Scientific memoirs by medical officers of the Army of India - Part IV,
Year: 1889
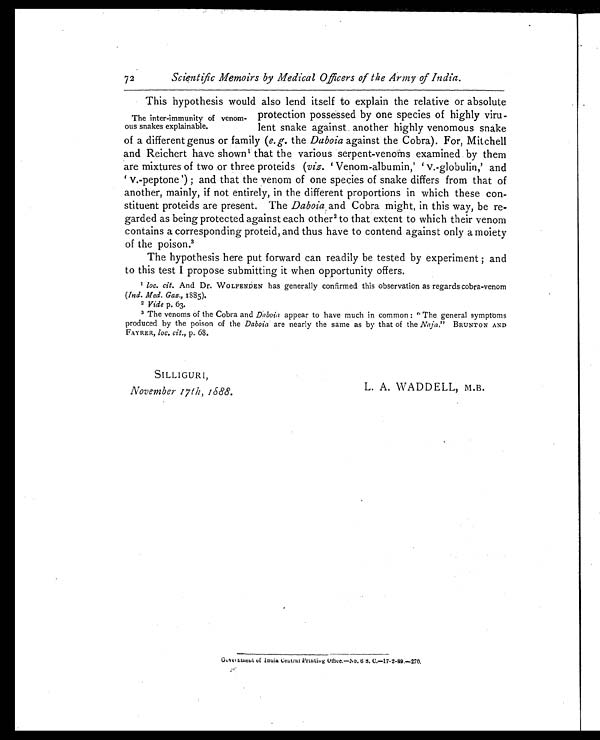
SILLIGURI,
November 17th, 1888.
L. A. WADDELL, M.B.
Government of Indi a Cent ral Pri nt i ng Offi ce. —No. 6 S. C. —17-2-89. —270.
Scientific Memoirs by Medical Officers of the Army of India.
This hypothesis would also lend itself to explain the relative or absolute
protection possessed by one species of highly viru-
lent snake against another highly venomous snake
of a different genus or family ( e. g. the Daboia against the Cobra). For, Mitchell
and Rei cher t have shown1 t hat t he var i ous ser pent - venoms exami ned by t hem
are mixtures of two or three proteids ( viz. ' V e n o m - a l b u m i n , ' ' v . - g l o b u l i n , ' a n d
'v.-peptone'); and that the venom of one species of snake differs from that of
another, mainly, if not entirely, in the different proportions in which these con
-stituent proteids are present. The Daboia and Cobra might, in this way, be re
-garded as being protected against each other2 to that extent to which their venom
contains a corresponding proteid, and thus have to contend against only a moiety
of the poison.3
The hypothesis here put forward can readily be tested by experiment; and
to this test I propose submitting it when opportunity offers.
1 loc. cit. And Dr. WOLFENDEN has generally confirmed this observation as regards cobra-venom
(Ind. Med. Gas., 1885).
2 V i d e
p . 6 3 .
3 The venoms of the Cobra and Daboia appear to have much in common: "The general symptoms
produced by the poison of the Daboia are nearly the same as by that of the Naja." BRUNTON AND
FAYRER, loc. cit., p. 68.
72
The inter-immunity of venom
-ous snakes explainable.